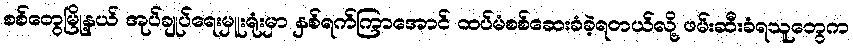
စစ်တွေမြို့နယ် အုပ်ချုပ်ရေးမှူးရုံးမှာ နှစ်ရက်ကြာအောင် ထပ်မံစစ်ဆေးခံခဲ့ရတယ်လို့ ဖမ်းဆီးခံရသူတွေက